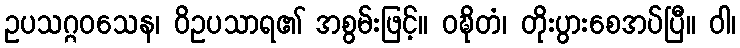
ဥပသဂ္ဂဝသေန၊ ဝိဥပသာရ၏ အစွမ်းဖြင့်။ ဝဍ္ဎိတံ၊ တိုးပွားစေအပ်ပြီ။ ဝါ၊